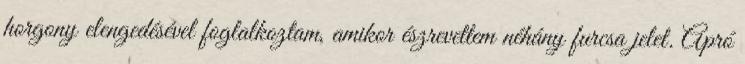
horgony elengedésével foglalkoztam, amikor észrevettem néhány furcsa jelet. Apró